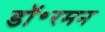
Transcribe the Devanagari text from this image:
डॉ॰रमन